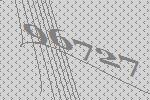
96727